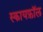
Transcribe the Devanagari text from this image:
स्कायफ़ॉल